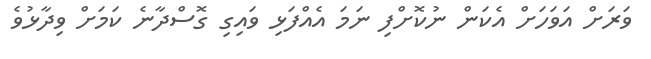
ވަރަށް އަވަހަށް އެކަން ނުކޮށްފި ނަމަ އެއްފަޅި ވައިގި ގޮސްދާނެ ކަމަށް ވިދާޅުވެ